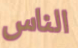
الناس